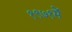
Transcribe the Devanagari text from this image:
१९७१में